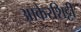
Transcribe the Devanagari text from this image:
आकेरशिट्टी